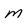
Character: M